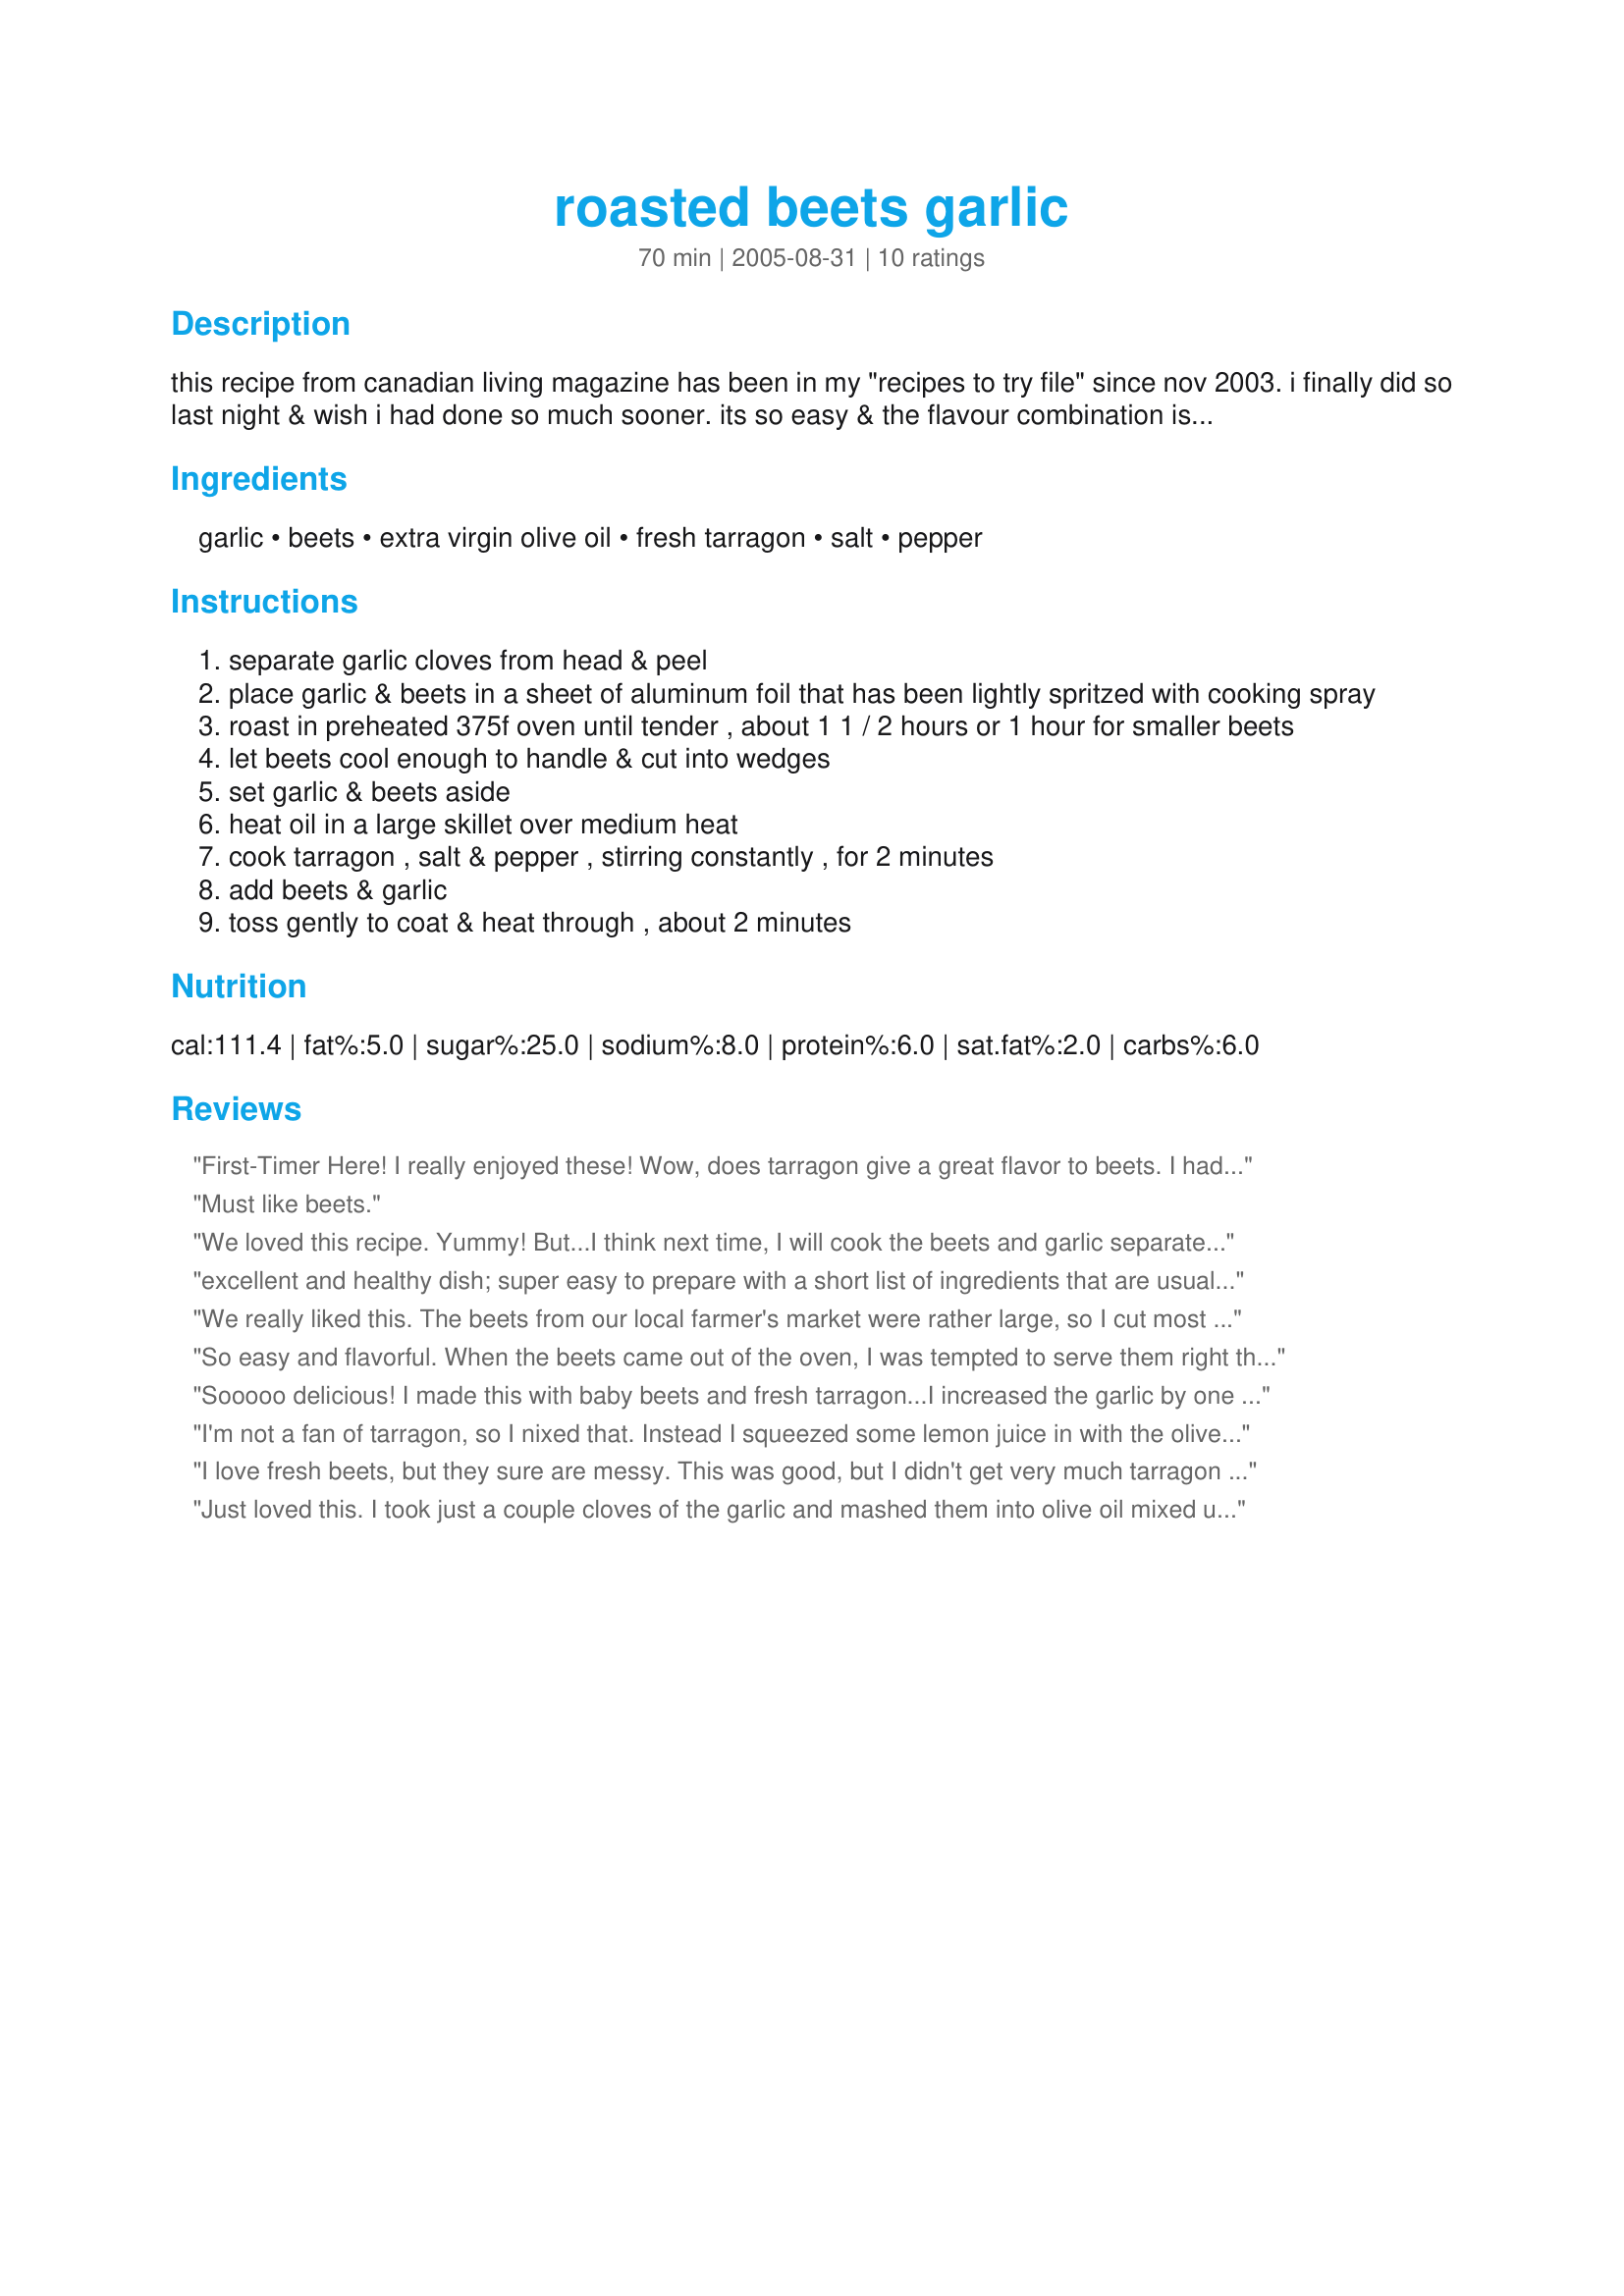
roasted beets garlic
Preparation time: 70 minutes

this recipe from canadian living magazine has been in my "recipes to try file" since nov 2003. i finally did so last night & wish i had done so much sooner. its so easy & the flavour combination is so good!

Ingredients:
garlic, beets, extra virgin olive oil, fresh tarragon, salt, pepper

Steps:
separate garlic cloves from head & peel
place garlic & beets in a sheet of aluminum foil that has been lightly spritzed with cooking spray
roast in preheated 375f oven until tender , about 1 1 / 2 hours or 1 hour for smaller beets
let beets cool enough to handle & cut into wedges
set garlic & beets aside
heat oil in a large skillet over medium heat
cook tarragon , salt & pepper , stirring constantly , for 2 minutes
add beets & garlic
toss gently to coat & heat through , about 2 minutes

Reviews:
First-Timer Here! I really enjoyed these! Wow, does tarragon give a great flavor to beets. I had to be careful because the red juice stains things (I suggest a plastic cutting board). Yum!
Must like beets.
We loved this recipe. Yummy! But...I think next time, I will cook the beets and garlic separately. I found that while the beets were not quite cooked, the garlic was sticking to the tin foil...even after spraying it with Pam. I took another's comment and mashed some of the roasted garlic into the olive oil. Thank you CountryLady for a wonderful recipe.
excellent and healthy dish; super easy to prepare with a short list of ingredients that are usually on hand. made these to share with my 3yr old daughter so the only modification i made was to keep the garlic in the peels to roast as that is how she likes them. she loved them and so did i. will never go back to canned beets again. very fresh taste. she ate hers as a side to organic vegetable pasta and i made mine into a salad with good canned tuna and a horseradish sauce made by mixing it with some dijon mustard and a tad of mayo. the beets can definitly stand alone but since it was my dinner i wanted to add something with the tuna. thanks for sharing will make again and again.
We really liked this. The beets from our local farmer's market were rather large, so I cut most of them in half before roasting them. I took the garlic out of the oven after about 35-40 minutes because it was drying out and left the beets in for about an hour and twenty minutes total. The beets were moist and delicious.
So easy and flavorful. When the beets came out of the oven, I was tempted to serve them right there. Thankfully, I finished the preparation as the tarragon really did make a great addition in this lovely side. While I didn't care for the roasted garlic bulbs alone, I loved the flavor they imparted to the sweet beets.
Sooooo delicious! I made this with baby beets and fresh tarragon...I increased the garlic by one bulb although I thing that two would have been find, as the bulbs were very big, the beets took about 1 hour and 15 minutes in my air convection/roast heat setting, these need lots of salt though! I served this with baked beans and grilled burgers, OUTSTANDING dinner, I love this recipe! Another winner Marg...Kitten:)
I'm not a fan of tarragon, so I nixed that. Instead I squeezed some lemon juice in with the olive oil while sauteing and increased the pepper. This was my 1st time trying beets NOT out of a can & WOW! These are great! Wear gloves while preparing if you don't wont red fingers. This is how I will prepare fresh beets from here on out. Yum!
I love fresh beets, but they sure are messy. This was good, but I didn't get very much tarragon flavor, I used dried. Will try fresh next time. Thanks Country Lady.
Just loved this. I took just a couple cloves of the garlic and mashed them into olive oil mixed unto whole beets. Very good!
